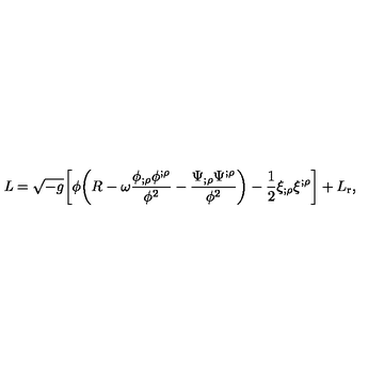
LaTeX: { \it L } = \sqrt { - g } \biggl [ \phi \biggl ( R - \omega \frac { \phi _ { ; \rho } \phi ^ { ; \rho } } { \phi ^ { 2 } } - \frac { \Psi _ { ; \rho } \Psi ^ { ; \rho } } { \phi ^ { 2 } } \biggr ) - \frac { 1 } { 2 } \xi _ { ; \rho } \xi ^ { ; \rho } \biggr ] + L _ { \mathrm { r } } ,